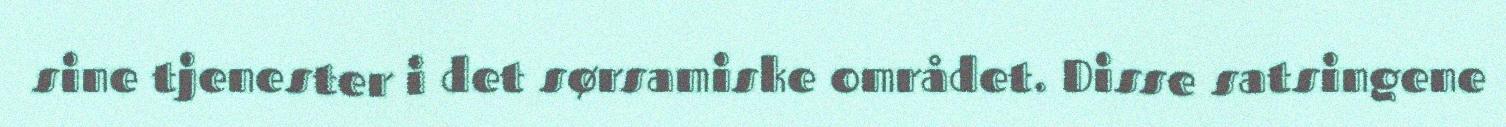
sine tjenester i det sørsamiske området. Disse satsingene